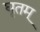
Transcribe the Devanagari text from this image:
घृतम्